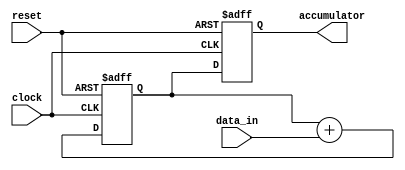
module cascaded_accumulator(
    input clock,
    input reset,
    input [15:0] data_in,
    output reg [15:0] accumulator
);

reg [15:0] temp_accumulator;

always @(posedge clock or posedge reset) begin
    if (reset) begin
        accumulator <= 0;
        temp_accumulator <= 0;
    end else begin
        temp_accumulator <= temp_accumulator + data_in;
        accumulator <= temp_accumulator;
    end
end

endmodule